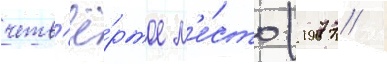
четв'ё́ртое м'е́сто (1977 /